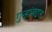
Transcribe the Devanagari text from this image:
गुन्हांबद्दल